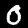
Digit: 0